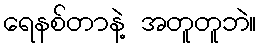
ရေနစ်တာနဲ့ အတူတူဘဲ။